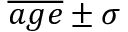
\overline { { a g e } } \pm \sigma